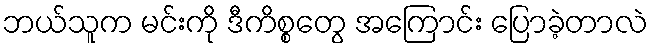
ဘယ်သူက မင်းကို ဒီကိစ္စတွေ အကြောင်း ပြောခဲ့တာလဲ